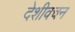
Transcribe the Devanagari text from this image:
देशीवचन